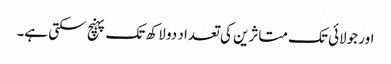
اور جولائی تک متاثرین کی تعداد دو لاکھ تک پہنچ سکتی ہے۔